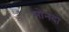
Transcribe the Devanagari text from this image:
मोनदो